Leaving Certificate Examination, 1922
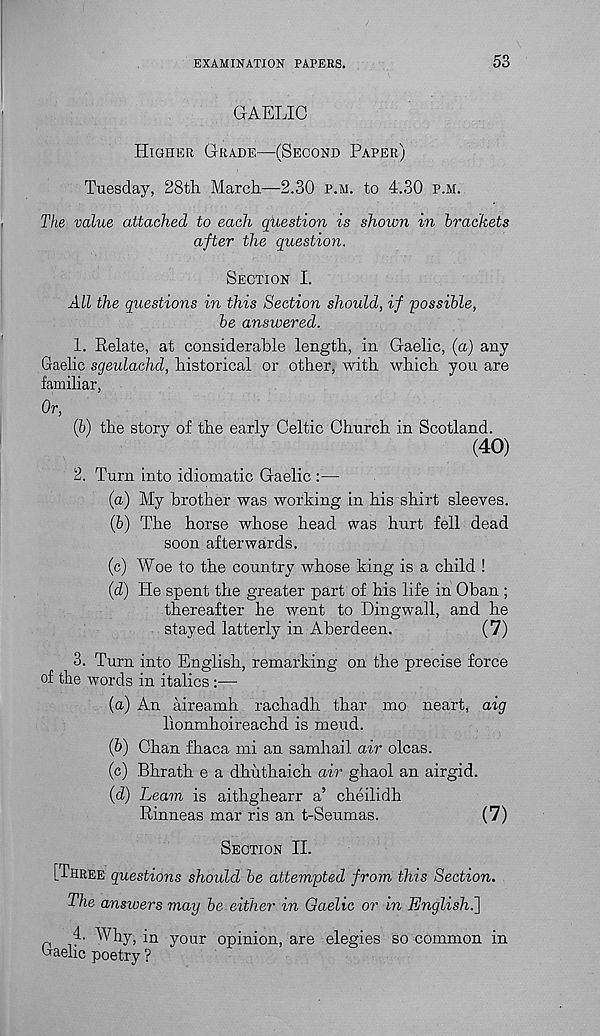
EXAMINATION PAPERS.
53
GAELIC
Higher Grade—(Second Paper)
Tuesday, 28th March—2.30 p.m. to 4.30 p.m.
The value attached to each question is shown in brackets
after the question.
Section I.
All the questions in this Section should, if 'possible,
be answered.
1. Relate, at considerable length, in Gaelic, (a) any
Gaelic sgeulachd, historical or other, with which you are
familiar,
Or,
(b) the story of the early Celtic Church in Scotland.
(40)
2. Turn into idiomatic Gaelic :—
(а) My brother was working in his shirt sleeves.
(б) The horse whose head was hurt fell dead
soon afterwards.
(c) Woe to the country whose king is a child !
(d) He spent the greater part of his life in Oban ;
thereafter he went to Dingwall, and he
stayed latterly in Aberdeen.
(7)
3. Turn into English, remarking on the precise force
of the words in italics:—•
(a) An aireamh rachadh thar mo neart, aig
lionmhoireachd is meud.
(b) Chan fhaca mi an samhail air olcas.
(c) Bhrath e a dhuthaich air ghaol an airgid.
(d) Leam is aithghearr a’ cheilidh
Rinneas mar ris an t-Seumas.
(7)
Section II.
[Three questions should be attempted from this Section.
The answers may be either in Gaelic or in English^]
n v '
in your opinion, are elegies so common in
Gaelic poetry ?